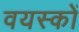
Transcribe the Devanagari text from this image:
वयस्‍कों